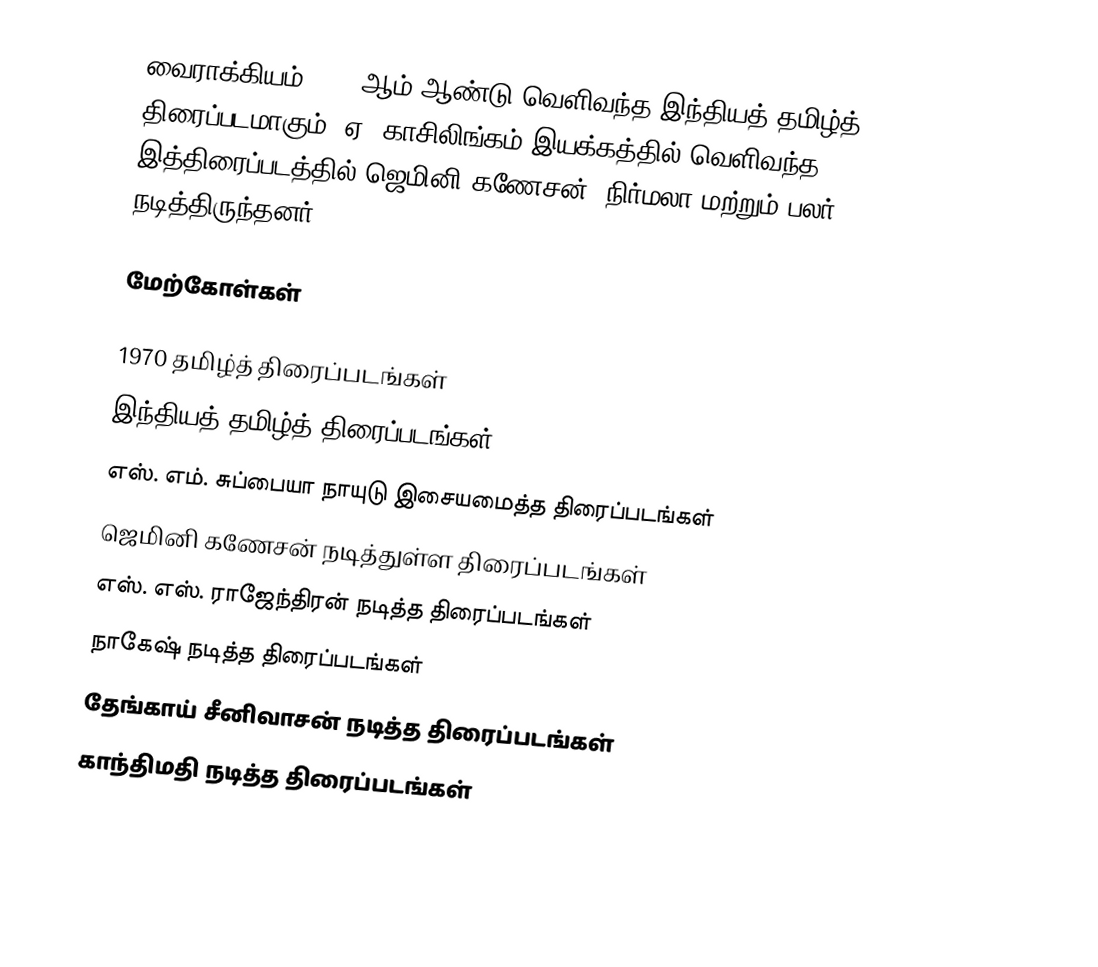
வைராக்கியம் 1970 ஆம் ஆண்டு வெளிவந்த இந்தியத் தமிழ்த் திரைப்படமாகும். ஏ. காசிலிங்கம் இயக்கத்தில் வெளிவந்த இத்திரைப்படத்தில் ஜெமினி கணேசன், நிர்மலா மற்றும் பலர் நடித்திருந்தனர்.

மேற்கோள்கள்

1970 தமிழ்த் திரைப்படங்கள்
இந்தியத் தமிழ்த் திரைப்படங்கள்
எஸ். எம். சுப்பையா நாயுடு இசையமைத்த திரைப்படங்கள்
ஜெமினி கணேசன் நடித்துள்ள திரைப்படங்கள்
எஸ். எஸ். ராஜேந்திரன் நடித்த திரைப்படங்கள்
நாகேஷ் நடித்த திரைப்படங்கள்
தேங்காய் சீனிவாசன் நடித்த திரைப்படங்கள்
காந்திமதி நடித்த திரைப்படங்கள்